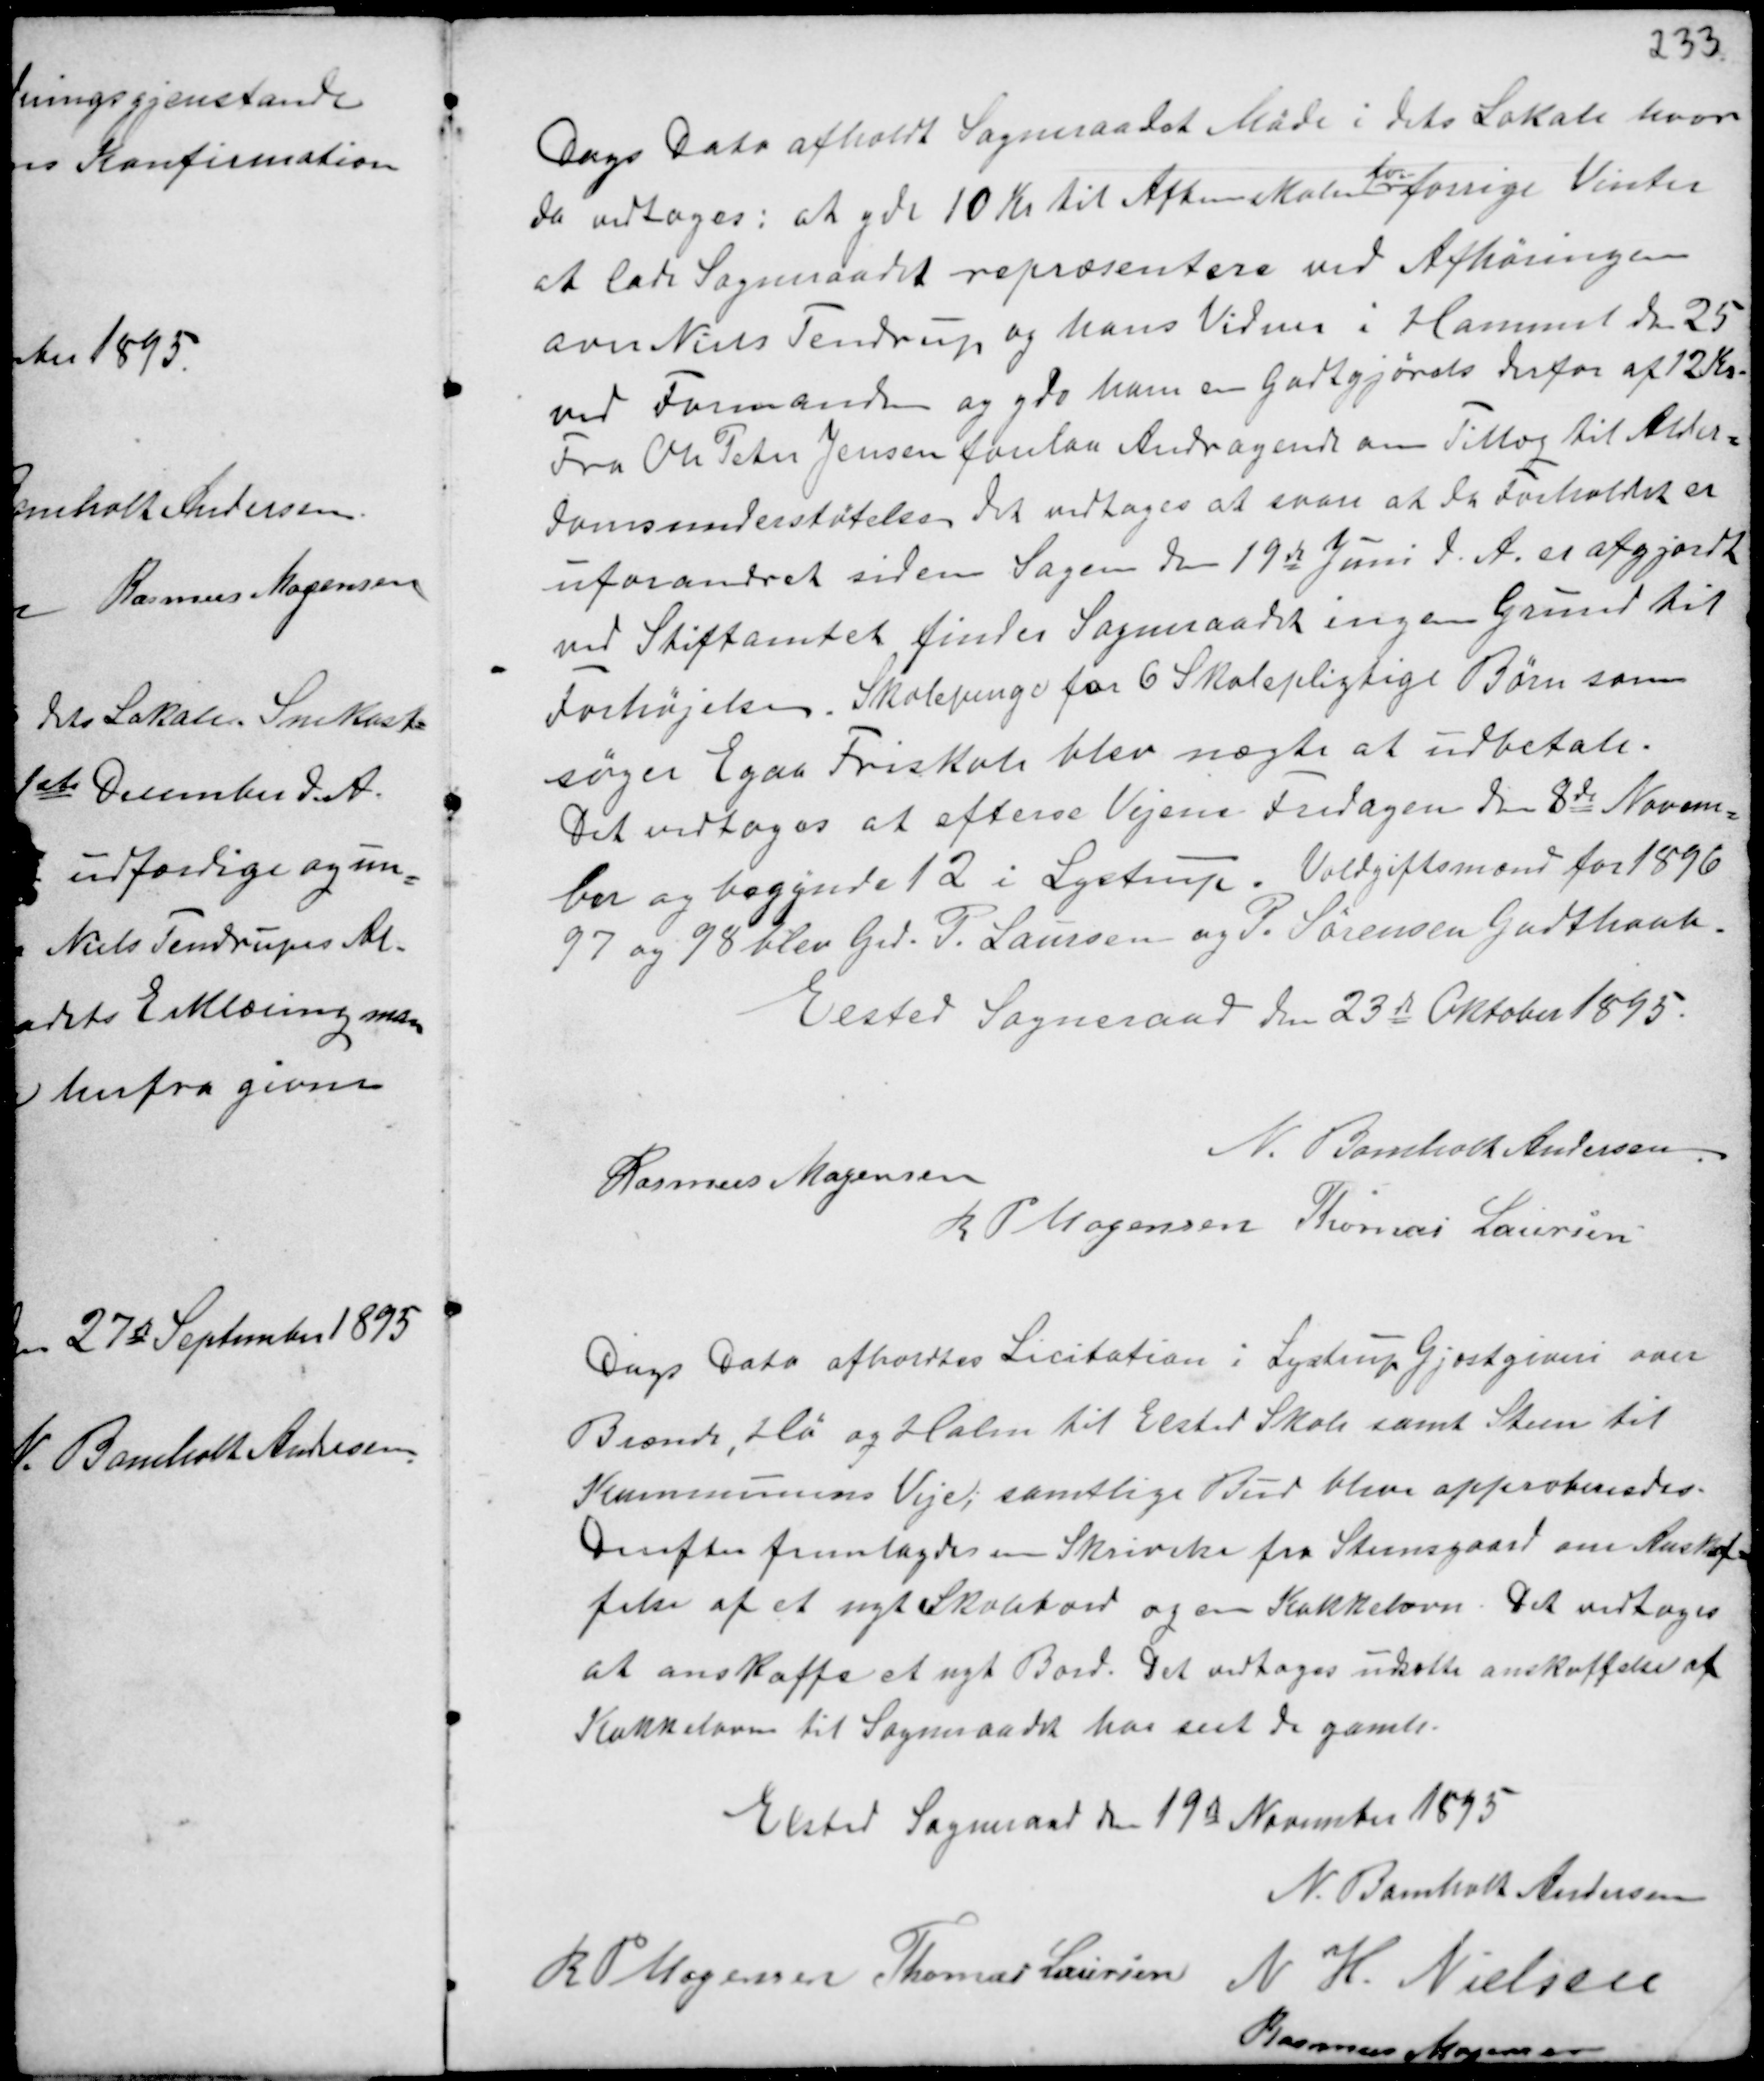
Transskription:
Dags Dato afholdt Sogneraadet Møde i dets Lokale hvor
da vedtoges: at yde 10 Kr til Aftenskolen
for
forrige Vinter
at lade Sogneraadet repræsentere ved Afhøringen
over Niels Tendrup, og hans Vidner i Hammel den 25
ved Formanden og yde ham en Godtgjørels derfor af 12 Kr.
Fra Ole Peter Jensen forelaa Andragende om Tillæg til Alder-
domsunderstøtelse det vedtoges at svare at da Forholdet er
uforandret siden Sagen den 19de Juni d.A. er afgjort
ved Stiftamtet finder Sogneraadet ingen Grund til
Forhøjelsen. Skolepenge for 6 Skolepligtige Børn som
søger Egaa Friskole blev nægte at udbetale.
Det vedtoges at efterse Vejene Fredagen den 8de Novem-
ber og begynde 12 i Lystrup. Voldgiftsmænd for 1896
97 og 98 blev Gdr. P. Laursen og P. Sørensen Godthaab.
Elsted Sogneraad den 23de Oktober 1895.

N. Bomholt Andersen
Rasmus Mogensen
R P Mogensen Thomas Laursen

Dags Dato afholdtes Licitation i Lystrup Gjæstgiveri over
Brænde, Hø og Halm til Elsted Skole samt Stien til
Kommunens Veje; samtlige Bud bleve approberedes.
Derefter fremlagdes en Skrivelse fra Steensgaard om Anskaf-
felse af et nyt Skolebord og en Kakkelovn. Det vedtoges
at anskaffe et nyt Bord. Det vedtoges udsætte anskaffelse af
Kakkelovnen til Sogneraadet har set de gamle.

Elsted Sogneraad den 19de November 1895
N. Bomholt Andersen
R P Mogensen Thomas Laursen N H. Nielsen
Rasmus Mogensen